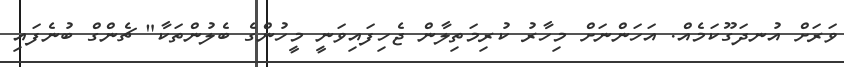
ވަރަށް އުނދަގޫކަމެއް. އަހަންނަށް މިހާރު ކުރިމަތިލާން ޖެހިފައިވަނީ މީހުންގެ ބެލުންތަކާ" ޗެންގް ބުނެފައި